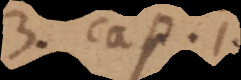
3. cap. 1.